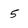
Character: 5